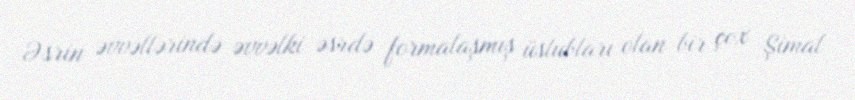
Əsrin əvvəllərində əvvəlki əsrdə formalaşmış üslubları olan bir çox Şimal